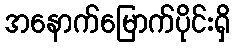
အနောက်မြောက်ပိုင်းရှိ